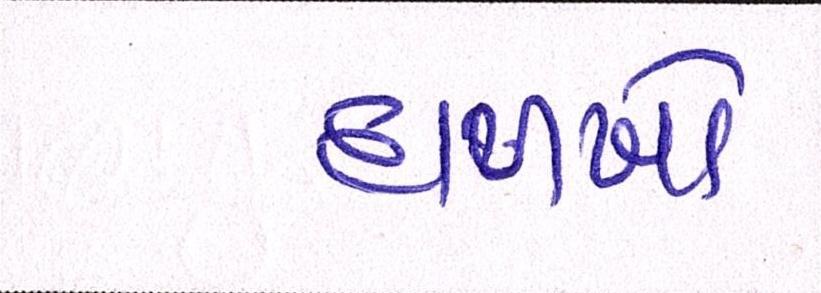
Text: દાળખો